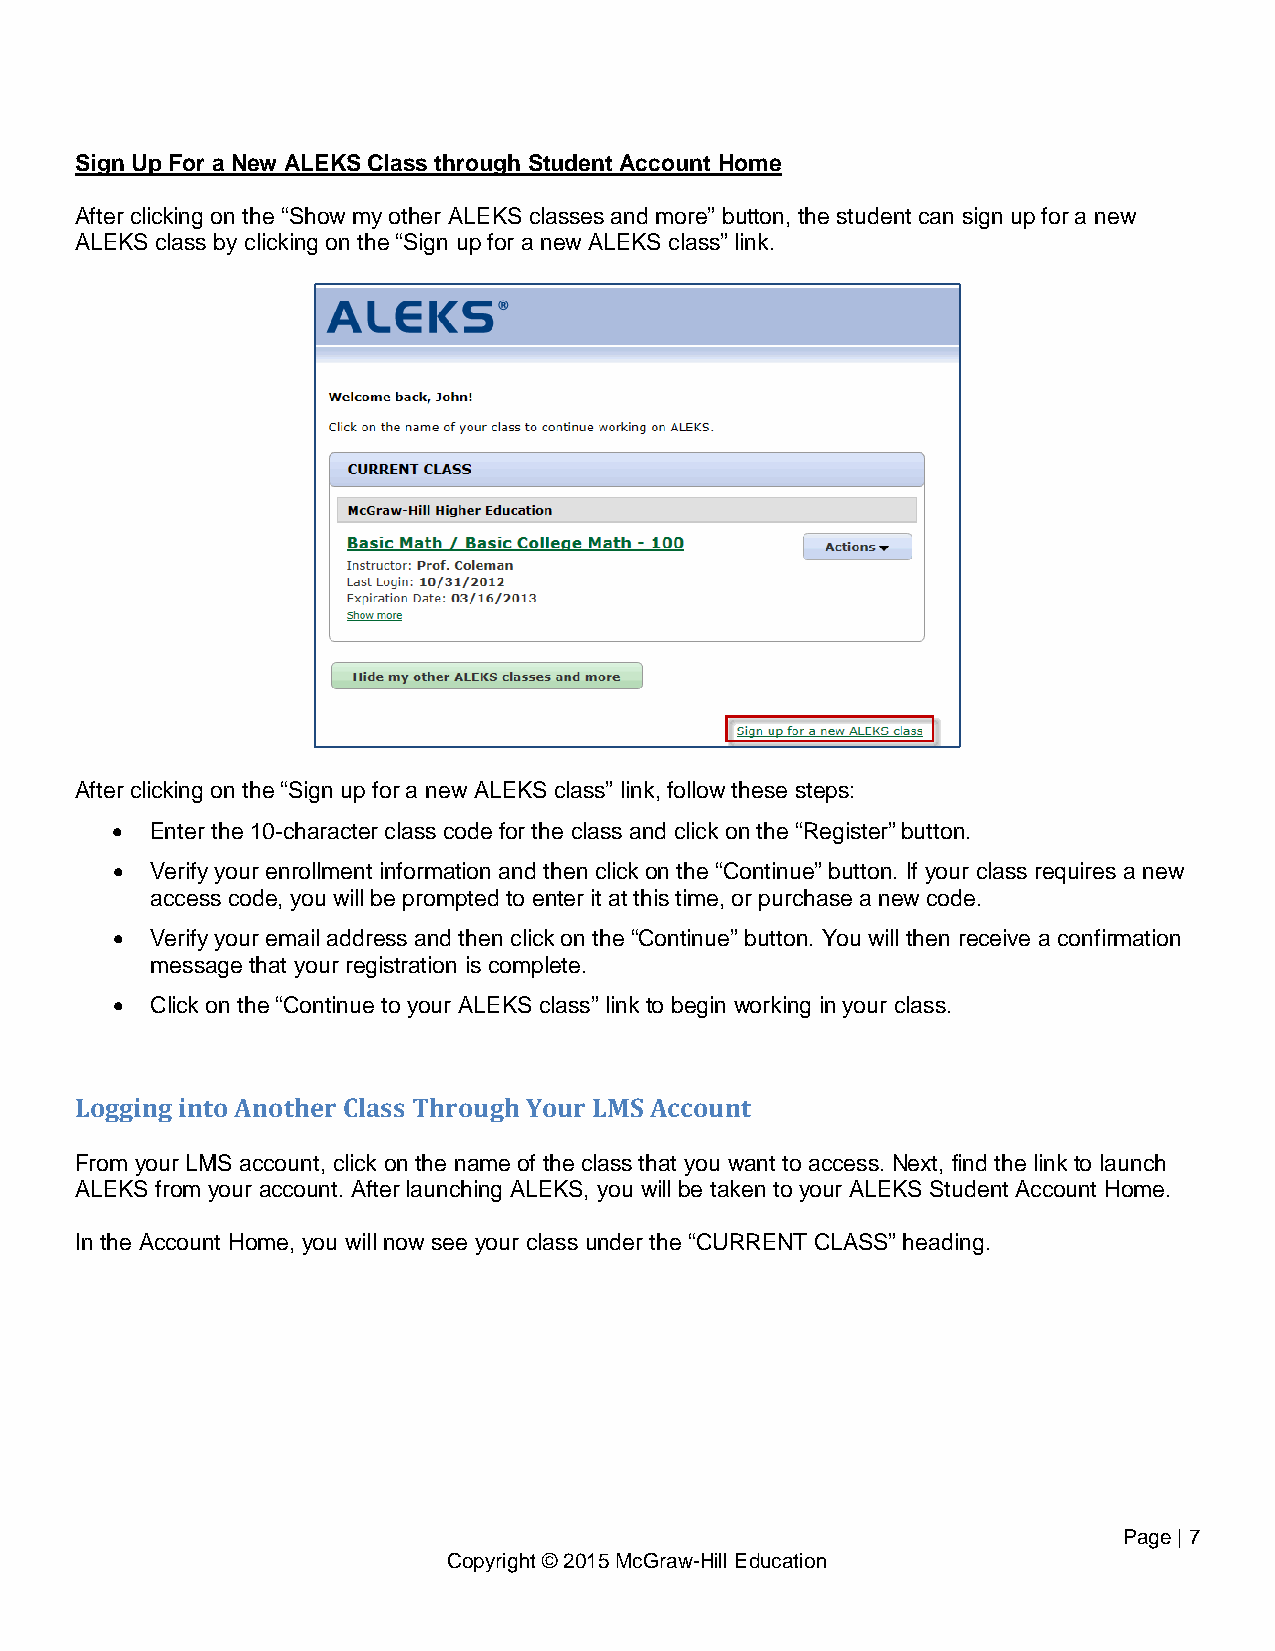
Sign Up For a New ALEKS Class through Student Account Home
 After clicking on the “Show my other ALEKS classes and more” button, the student can sign up for a new
 ALEKS class by clicking on the “Sign up for a new ALEKS class” link.
 After clicking on the “Sign up for a new ALEKS class” link, follow these steps:
 •  Enter the 10-character class code for the class and click on the “Register” button.
 •  Verify your enrollment information and then click on the “Continue” button. If your class requires a new
 access code, you will be prompted to enter it at this time, or purchase a new code.
 •  Verify your email address and then click on the “Continue” button. You will then receive a confirmation
 message that your registration is complete.
 •  Click on the “Continue to your ALEKS class” link to begin working in your class.
 Logging into Another Class Through Your LMS Account
 From your LMS account, click on the name of the class that you want to access. Next, find the link to launch
 ALEKS from your account. After launching ALEKS, you will be taken to your ALEKS Student Account Home.
 In the Account Home, you will now see your class under the “CURRENT CLASS” heading.
 Page | 7
 Copyright © 2015 McGraw-Hill Education